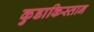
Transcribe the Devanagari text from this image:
कुडाकिस्तान